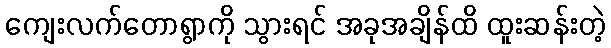
ကျေးလက်တောရွာကို သွားရင် အခုအချိန်ထိ ထူးဆန်းတဲ့